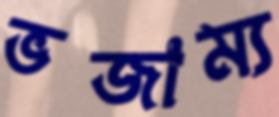
ভজাম্য